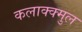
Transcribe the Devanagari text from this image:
कलाक्क्मुल